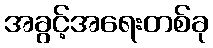
အခွင့်အရေးတစ်ခု